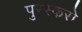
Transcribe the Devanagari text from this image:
पुरस्करो